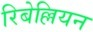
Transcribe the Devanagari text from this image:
रिबेल्लियन